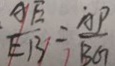
\frac { A E } { E B } = \frac { \dot { A } P } { B G }